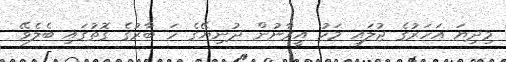
މިދިޔަ އަހަރުގެ ޖުލައި މަހު އީރާނުން ދުނިޔޭގެ ހަ ބާރުގެ ގޮތުގައި ބެލެވޭ